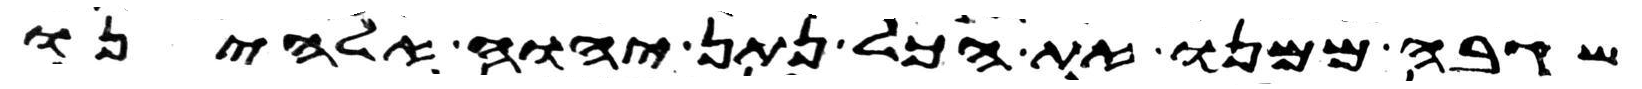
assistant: שגבה ממנו את הכל נתן יהוה אלהינו